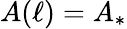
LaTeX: A(\ell)=A_{*}